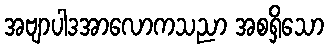
အဗျာပါဒအာလောကသညာ အစရှိသော